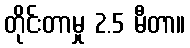
တိုင်းတာမှု 2.5 မီတာ။